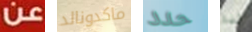
عن ماكدونالد حدد لذا